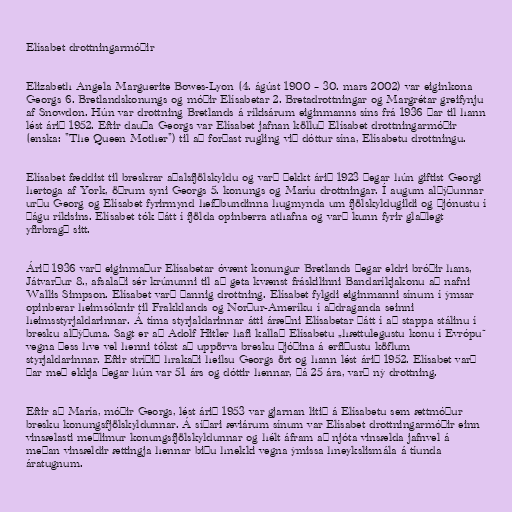
Elísabet drottningarmóðir

Elizabeth Angela Marguerite Bowes-Lyon (4. ágúst 1900 – 30. mars 2002) var eiginkona
Georgs 6. Bretlandskonungs og móðir Elísabetar 2. Bretadrottningar og Margrétar greifynju
af Snowdon. Hún var drottning Bretlands á ríkisárum eiginmanns síns frá 1936 þar til hann
lést árið 1952. Eftir dauða Georgs var Elísabet jafnan kölluð Elísabet drottningarmóðir
(enska: "The Queen Mother") til að forðast rugling við dóttur sína, Elísabetu drottningu.

Elísabet fæddist til breskrar aðalsfjölskyldu og varð þekkt árið 1923 þegar hún giftist Georgi
hertoga af York, öðrum syni Georgs 5. konungs og Maríu drottningar. Í augum alþýðunnar
urðu Georg og Elísabet fyrirmynd hefðbundinna hugmynda um fjölskyldugildi og þjónustu í
þágu ríkisins. Elísabet tók þátt í fjölda opinberra athafna og varð kunn fyrir glaðlegt
yfirbragð sitt.

Árið 1936 varð eiginmaður Elísabetar óvænt konungur Bretlands þegar eldri bróðir hans,
Játvarður 8., afsalaði sér krúnunni til að geta kvænst fráskilinni Bandaríkjakonu að nafni
Wallis Simpson. Elísabet varð þannig drottning. Elísabet fylgdi eiginmanni sínum í ýmsar
opinberar heimsóknir til Frakklands og Norður-Ameríku í aðdraganda seinni
heimsstyrjaldarinnar. Á tíma styrjaldarinnar átti áræðni Elísabetar þátt í að stappa stálinu í
bresku alþýðuna. Sagt er að Adolf Hitler hafi kallað Elísabetu „hættulegustu konu í Evrópu“
vegna þess hve vel henni tókst að uppörva bresku þjóðina á erfiðustu köflum
styrjaldarinnar. Eftir stríðið hrakaði heilsu Georgs ört og hann lést árið 1952. Elísabet varð
þar með ekkja þegar hún var 51 árs og dóttir hennar, þá 25 ára, varð ný drottning.

Eftir að María, móðir Georgs, lést árið 1953 var gjarnan litið á Elísabetu sem ættmóður
bresku konungsfjölskyldunnar. Á síðari æviárum sínum var Elísabet drottningarmóðir einn
vinsælasti meðlimur konungsfjölskyldunnar og hélt áfram að njóta vinsælda jafnvel á
meðan vinsældir ættingja hennar biðu hnekki vegna ýmissa hneykslismála á tíunda
áratugnum.